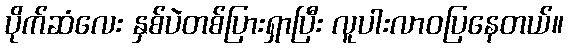
ပိုက်ဆံလေး နှစ်ပဲတစ်ပြားရှာပြီး လူပါးလာဝပြနေတယ်။